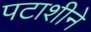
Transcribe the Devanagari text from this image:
पटाशीने